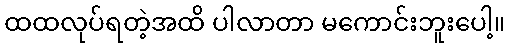
ထထလုပ်ရတဲ့အထိ ပါလာတာ မကောင်းဘူးပေါ့။